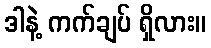
ဒါနဲ့ ကက်ချပ် ရှိလား။